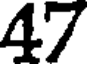
47